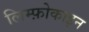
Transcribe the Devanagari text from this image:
लिम्फ़ोकाइन